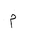
Letter: _mim